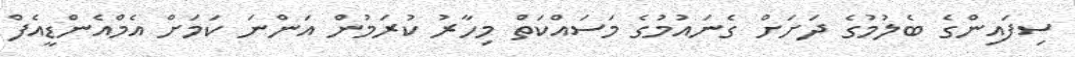
ސިފައިންގެ ބެލުމުގެ ދަށަށް ގެނައުމުގެ މަސައްކަތް މިހާރު ކުރަމުން އަންނަ ކަމަށް އެމްއެންޑީއެފް